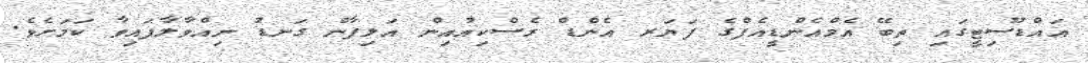
އައްޑޫސިޓީގައި ތިބޭ އެމްއެންޑީއެފްގެ ފަޔަރ އެންޑް ރެސްކިއުއިން އަލިފާން ގަނޑު ނިއްވާލާފައިވާ ކަމަށެވެ.